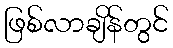
ဖြစ်လာချိန်တွင်